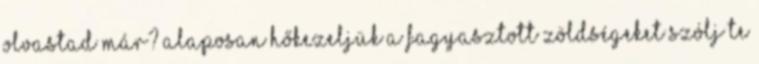
olvastad már? Alaposan hőkezeljük a fagyasztott zöldségeket Szólj Te